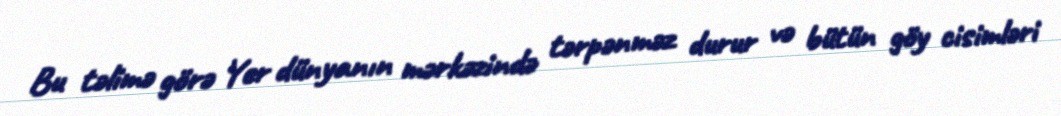
Bu təlimə görə Yer dünyanın mərkəzində tərpənməz durur və bütün göy cisimləri